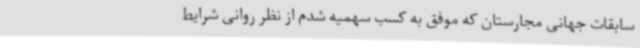
سابقات جهانی مجارستان که موفق به کسب سهمیه شدم از نظر روانی شرایط